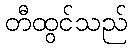
တီထွင်သည်